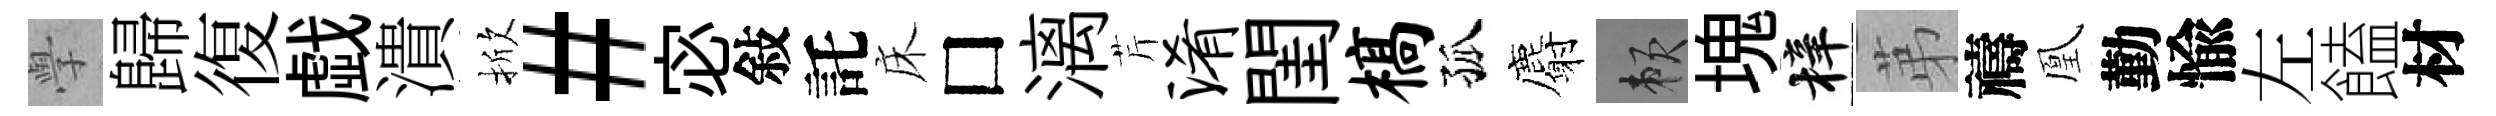
𭓕歸復戯潰掀#宓敍託床□漓芹淆閨槁孤麝賴塊梓苐禱凰勤愉左饁材